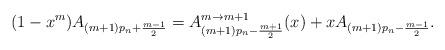
LaTeX: \begin{gather*}(1-x^m)A_{(m+1)p_n+\frac{m-1}{2}}=A_{(m+1)p_n-\frac{m+1}{2}}^{m \rightarrow m+1}(x)+xA_{(m+1)p_n-\frac{m-1}{2}}.\end{gather*}